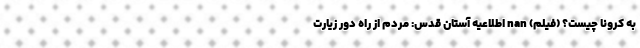
به کرونا چیست؟ (فیلم) nan اطلاعیه آستان قدس: مردم از راه دور زیارت